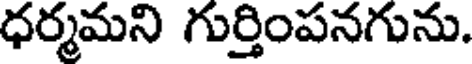
ధర్మమని గుర్తింపనగును.